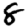
Digit: 8